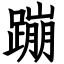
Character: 蹦